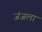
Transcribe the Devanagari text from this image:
जंजला